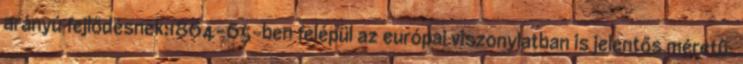
arányú fejlődésnek:1864-65-ben felépül az európai viszonylatban is jelentős méretű,